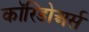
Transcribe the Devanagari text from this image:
कॉरिडोअर्स